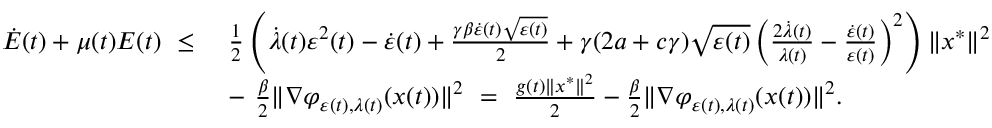
\begin{array} { r l } { \dot { E } ( t ) + \mu ( t ) E ( t ) \ \leq \ } & { \frac { 1 } { 2 } \left( \dot { \lambda } ( t ) \varepsilon ^ { 2 } ( t ) - \dot { \varepsilon } ( t ) + \frac { \gamma \beta \dot { \varepsilon } ( t ) \sqrt { \varepsilon ( t ) } } { 2 } + \gamma ( 2 a + c \gamma ) \sqrt { \varepsilon ( t ) } \left( \frac { 2 \dot { \lambda } ( t ) } { \lambda ( t ) } - \frac { \dot { \varepsilon } ( t ) } { \varepsilon ( t ) } \right) ^ { 2 } \right) \| x ^ { * } \| ^ { 2 } } \\ & { - \ \frac { \beta } { 2 } \| \nabla \varphi _ { \varepsilon ( t ) , \lambda ( t ) } ( x ( t ) ) \| ^ { 2 } \ = \ \frac { g ( t ) \| x ^ { * } \| ^ { 2 } } { 2 } - \frac { \beta } { 2 } \| \nabla \varphi _ { \varepsilon ( t ) , \lambda ( t ) } ( x ( t ) ) \| ^ { 2 } . } \end{array}